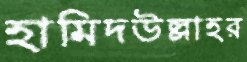
হামিদউল্লাহর